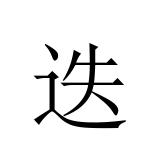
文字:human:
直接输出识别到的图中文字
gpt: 迭